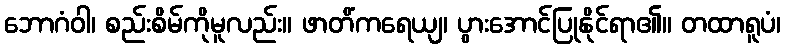
ဘောဂံဝါ၊ စည်းစိမ်ကိုမူလည်း။ ဖာတိံကရေယျ၊ ပွားအောင်ပြုနိုင်ရာ၏။ တထာရူပံ၊